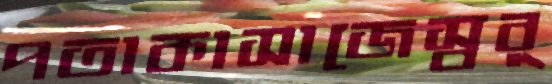
পতাকাসাজেস্বর্